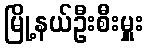
မြို့နယ်ဦးစီးမှူး